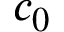
c _ { 0 }